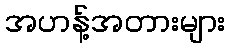
အဟန့်အတားများ